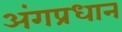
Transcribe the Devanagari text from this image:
अंगप्रधान